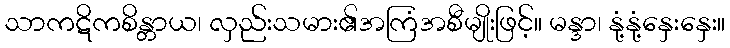
သာကဋိကစိန္တာယ၊ လှည်းသမား၏အကြံအစီမျိုးဖြင့်။ မန္ဒာ၊ နုံ့နုံ့နှေးနှေး။